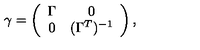
\gamma = \left( \begin{array} { c c } { \Gamma } & { 0 } \\ { 0 } & { ( \Gamma ^ { T } ) ^ { - 1 } } \\ \end{array} \right) ,